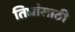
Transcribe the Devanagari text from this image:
तिघांसाठी